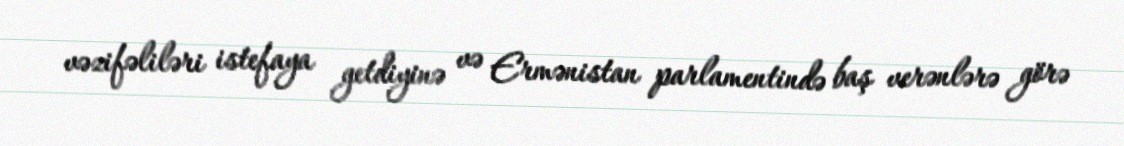
vəzifəliləri istefaya getdiyinə və Ermənistan parlamentində baş verənlərə görə